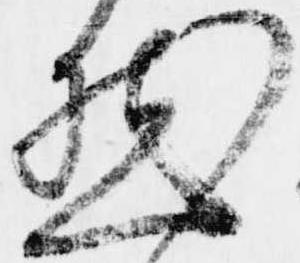
然